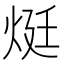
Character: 烶